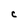
Character: C